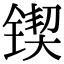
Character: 锲